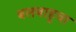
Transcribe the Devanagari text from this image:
बलबाहुचा